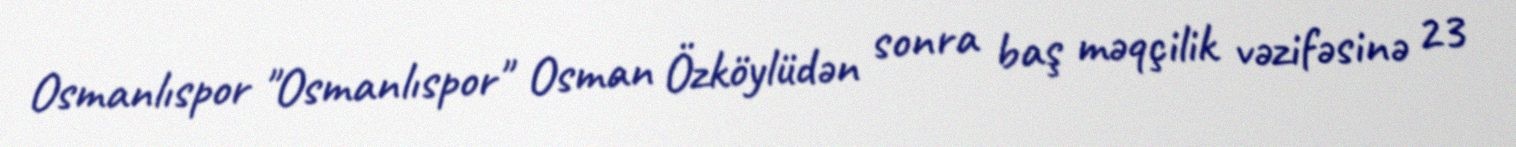
Osmanlıspor "Osmanlıspor" Osman Özköylüdən sonra baş məqçilik vəzifəsinə 23